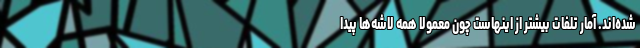
شده‌اند. آمار تلفات بیشتر از اینهاست چون معمولا همه لاشه‌ها پیدا